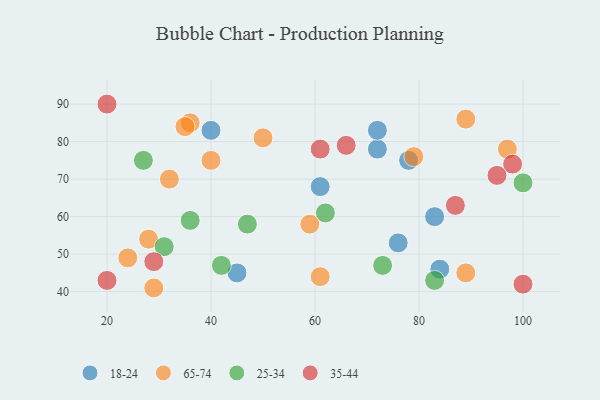
{"axis": {"x": "GDP", "y": "Life Expectancy"}, "legend": ["18-24", "25-34", "35-44", "65-74"], "data": [{"x": "76", "y": 53, "type": "18-24"}, {"x": "45", "y": 45, "type": "18-24"}, {"x": "40", "y": 83, "type": "18-24"}, {"x": "83", "y": 60, "type": "18-24"}, {"x": "61", "y": 68, "type": "18-24"}, {"x": "72", "y": 78, "type": "18-24"}, {"x": "72", "y": 83, "type": "18-24"}, {"x": "78", "y": 75, "type": "18-24"}, {"x": "84", "y": 46, "type": "18-24"}, {"x": "36", "y": 85, "type": "65-74"}, {"x": "79", "y": 76, "type": "65-74"}, {"x": "97", "y": 78, "type": "65-74"}, {"x": "50", "y": 81, "type": "65-74"}, {"x": "35", "y": 84, "type": "65-74"}, {"x": "24", "y": 49, "type": "65-74"}, {"x": "28", "y": 54, "type": "65-74"}, {"x": "89", "y": 45, "type": "65-74"}, {"x": "59", "y": 58, "type": "65-74"}, {"x": "89", "y": 86, "type": "65-74"}, {"x": "40", "y": 75, "type": "65-74"}, {"x": "32", "y": 70, "type": "65-74"}, {"x": "29", "y": 41, "type": "65-74"}, {"x": "61", "y": 44, "type": "65-74"}, {"x": "36", "y": 59, "type": "25-34"}, {"x": "42", "y": 47, "type": "25-34"}, {"x": "62", "y": 61, "type": "25-34"}, {"x": "47", "y": 58, "type": "25-34"}, {"x": "100", "y": 69, "type": "25-34"}, {"x": "73", "y": 47, "type": "25-34"}, {"x": "83", "y": 43, "type": "25-34"}, {"x": "27", "y": 75, "type": "25-34"}, {"x": "31", "y": 52, "type": "25-34"}, {"x": "20", "y": 90, "type": "35-44"}, {"x": "100", "y": 42, "type": "35-44"}, {"x": "20", "y": 43, "type": "35-44"}, {"x": "29", "y": 48, "type": "35-44"}, {"x": "61", "y": 78, "type": "35-44"}, {"x": "98", "y": 74, "type": "35-44"}, {"x": "87", "y": 63, "type": "35-44"}, {"x": "95", "y": 71, "type": "35-44"}, {"x": "66", "y": 79, "type": "35-44"}]}